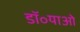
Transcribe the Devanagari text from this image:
डॉ॰याओ